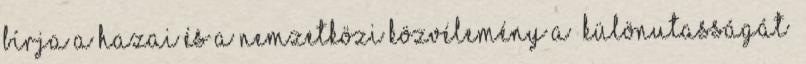
bírja a hazai és a nemzetközi közvélemény a „különutasságát”